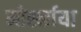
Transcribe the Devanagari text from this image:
मोर्स्काया